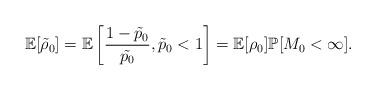
LaTeX: \begin{align*} \mathbb{E}[\tilde{\rho}_0]=\mathbb{E}\left[\frac{1-\tilde{p}_0}{\tilde{p_0}}, \tilde{p}_0<1\right]=\mathbb{E}[\rho_0] \mathbb{P}[M_0<\infty]. \end{align*}